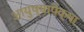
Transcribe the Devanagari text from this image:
आयुष्यापेक्षा